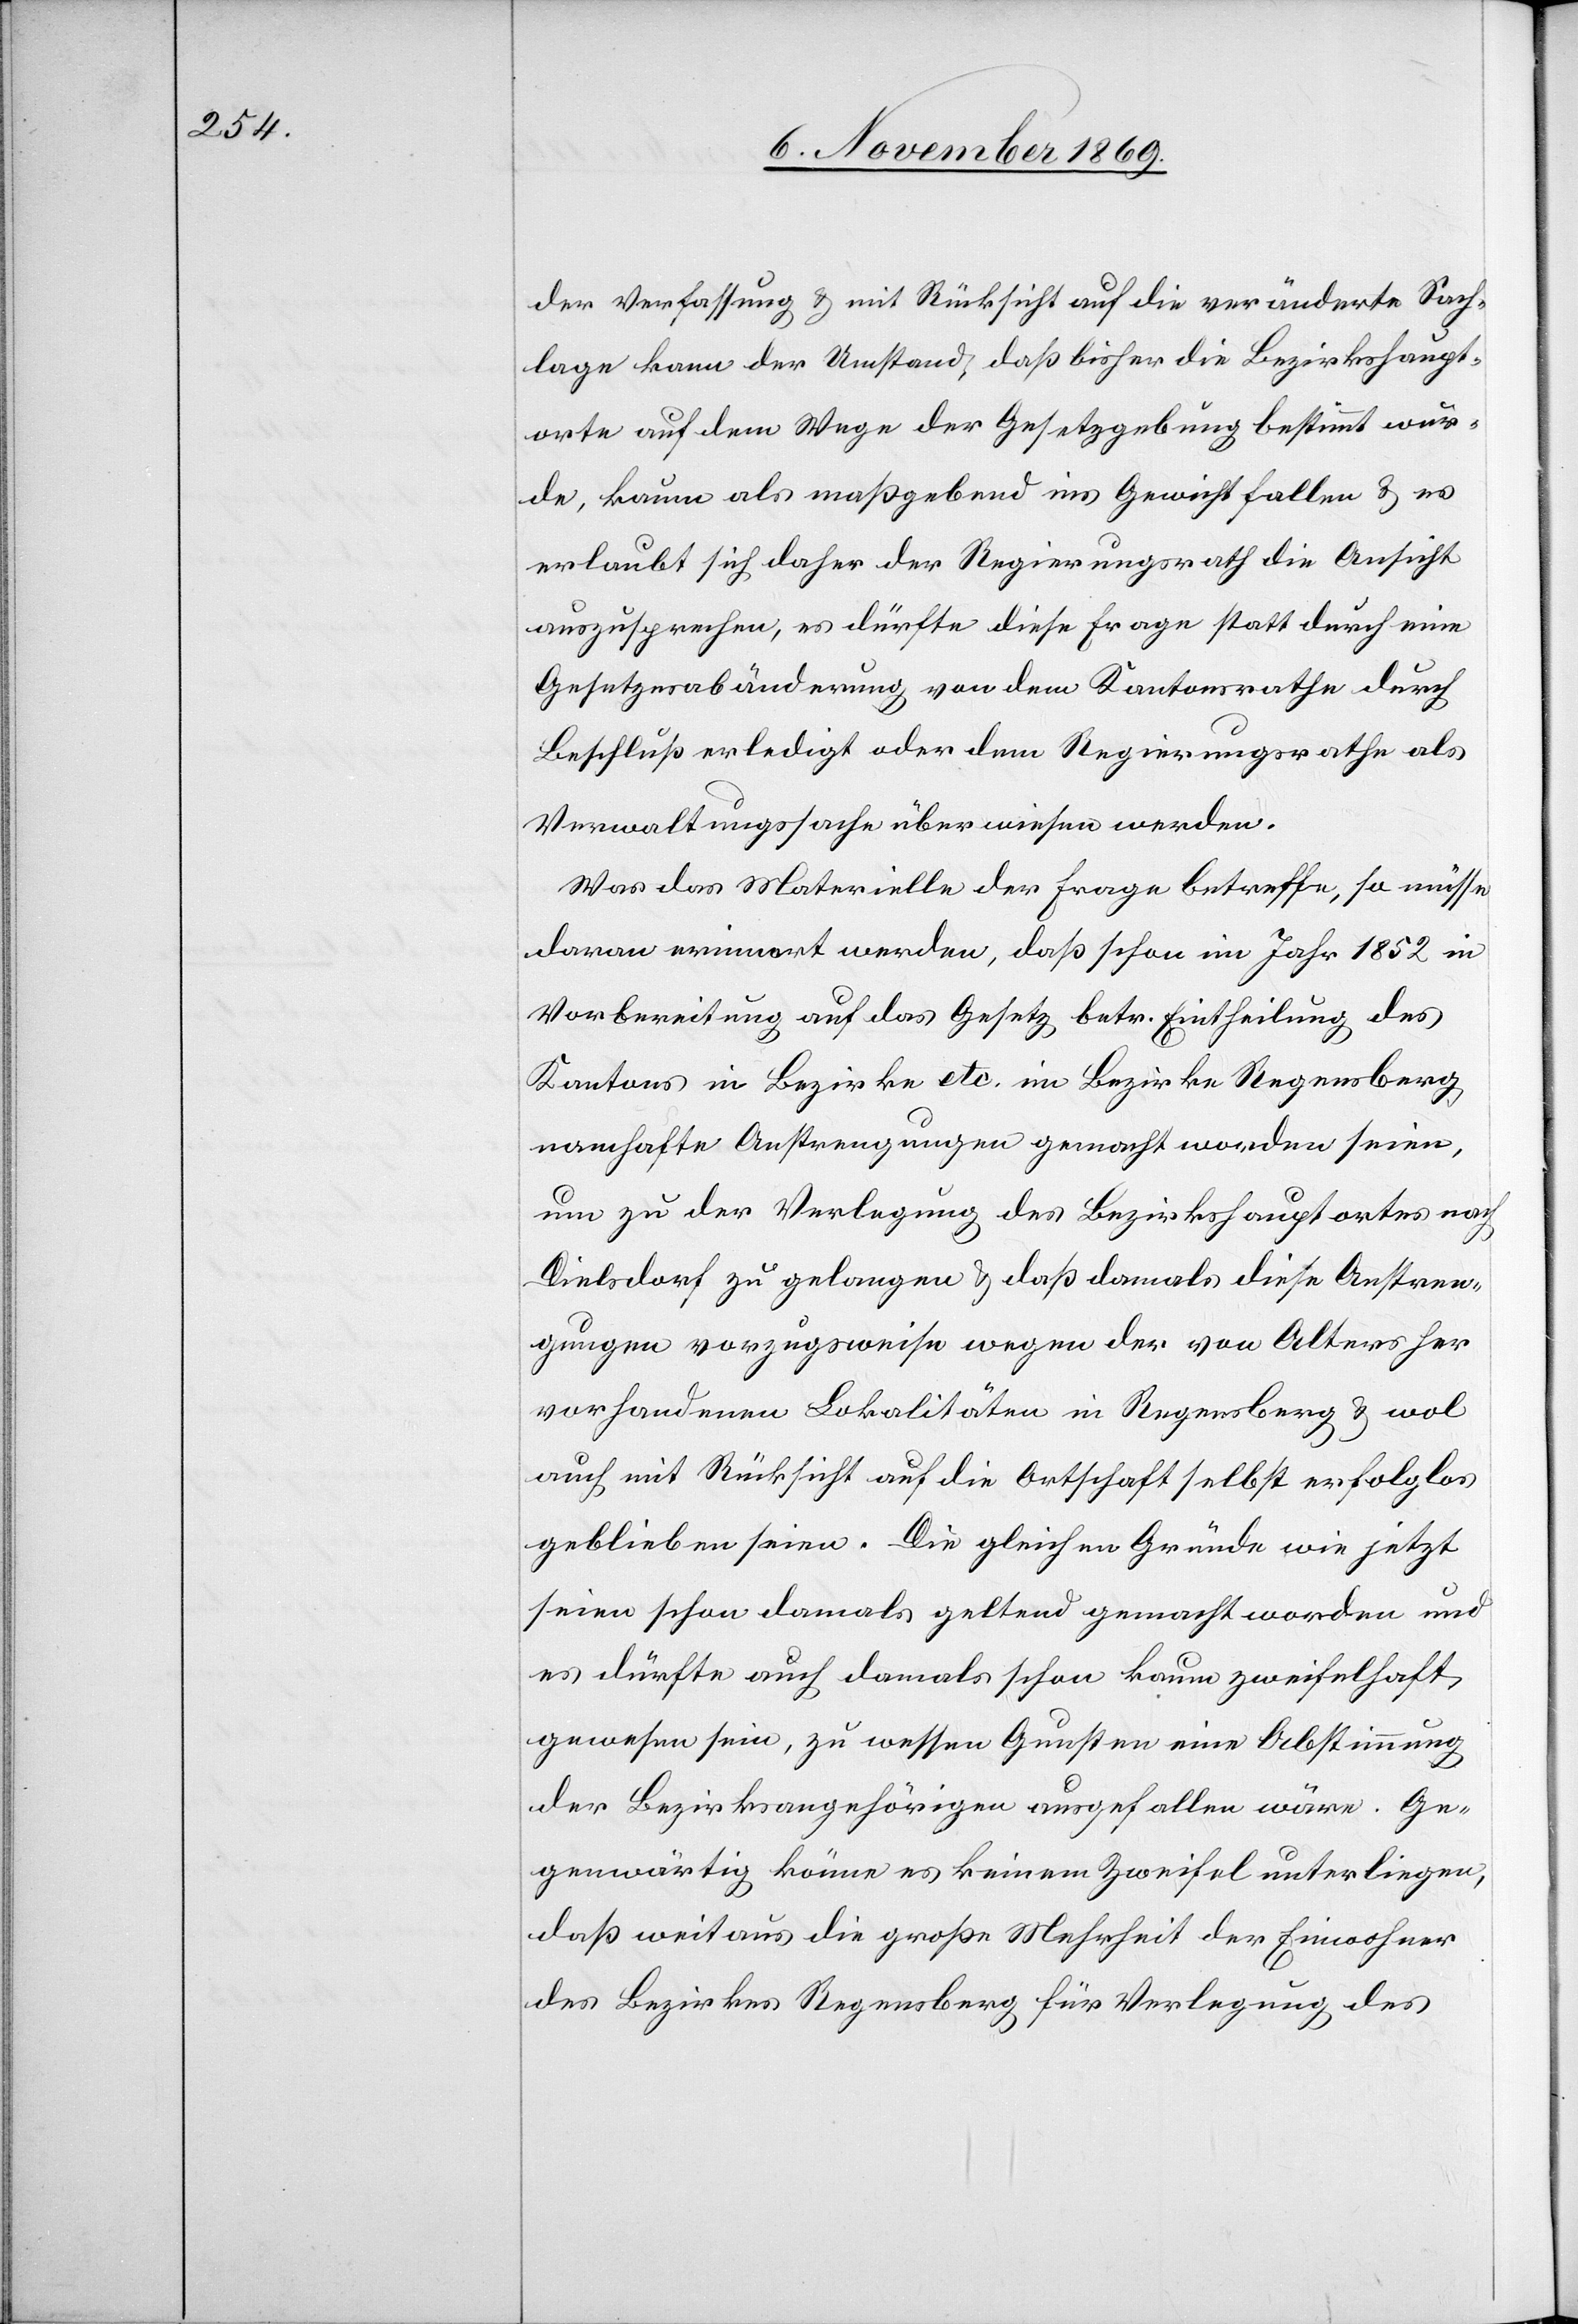
der Verfassung & mit Rücksicht auf die veränderte Sach¬
lage kann der Umstand, daß bisher die Bezirkshaupt¬
orte auf dem Wege der Gesetzgebung bestimmt wur¬
de[n], kaum als maßgebend ins Gewicht fallen & es
erlaubt sich daher der Regierungsrath die Ansicht
auszusprechen, es dürfte diese Frage statt durch eine
Gesetzesabänderung von dem Kantonsrathe durch
Beschluß erledigt oder dem Regierungsrathe als
Verwaltungssache überwiesen werden.
Was das Materielle der Frage betreffe, so müsse
daran erinnert werden, daß schon im Jahr 1852 in
Vorbereitung auf das Gesetz betr. Eintheilung des
Kantons in Bezirke etc. im Bezirke Regensberg
namhafte Anstrengungen gemacht worden seien,
um zu der Verlegung des Bezirkshauptortes nach
Dielsdorf zu gelangen & daß damals diese Anstren¬
gungen vorzugsweise wegen der von Alters her
vorhandenen Lokalitäten in Regensberg & wol
auch mit Rücksicht auf die Ortschaft selbst erfolglos
geblieben seien. Die gleichen Gründe wie jetzt
seien schon damals geltend gemacht worden und
es dürfte auch damals schon kaum zweifelhaft
gewesen sein, zu wessen Gunsten eine Abstimmung
der Bezirksangehörigen ausgefallen wäre. Ge¬
genwärtig könne es keinem Zweifel unterliegen,
daß weitaus die große Mehrheit der Einwohner
des Bezirkes Regensberg für Verlegung des